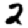
Digit: 2